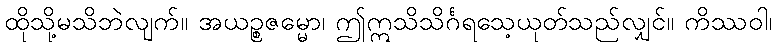
ထိုသို့မသိဘဲလျက်။ အယဉ္စဇမ္မော၊ ဤဣသိသိင်္ဂရသေ့ယုတ်သည်လျှင်။ ကိဿဝါ၊